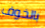
بالخوف